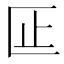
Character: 𫧎